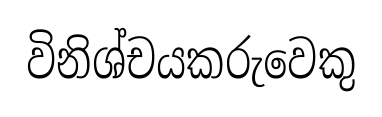
විනිශ්චයකරුවෙකු